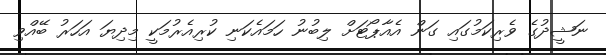
ނަޝީދުގެ ވެރިކަމުގައި ގަން އެއާޕޯޓަށް ލިބުނު ހަމައެކަނި ކުރިއެރުމަކީ މިދިޔަ އަހަރު ބޭއްވި